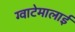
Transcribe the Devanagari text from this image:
ग्वाटेमालाई